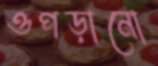
ওপড়ানো